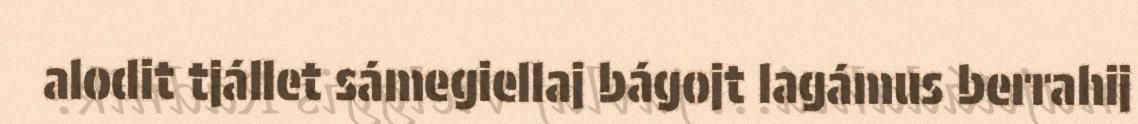
alodit tjállet sámegiellaj bágojt lagámus berrahij